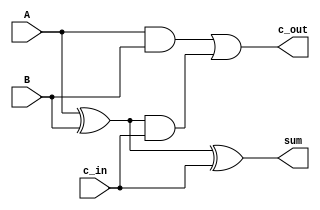
`timescale 1ns / 1ps
//////////////////////////////////////////////////////////////////////////////////
// Company: 
// Engineer: 
// 
// Design Name: 
// Module Name: F_Adder
// Project Name: 
// Target Devices: 
// Tool Versions: 
// Description: 
// 
// Dependencies: 
// 
// Revision:
// Revision 0.01 - File Created
// Additional Comments:
// 
//////////////////////////////////////////////////////////////////////////////////


//Malak Majeed Ullah khan  0344-8952407
module Full_Adder(c_out, sum, A, B, c_in);
//dimensions and sizes
input  A;
input  B;
input c_in;
output c_out;
output sum;

//wires
wire w1,w2,w3;

//logic development
xor xor1(w1, A, B);
xor xor2(sum, w1, c_in);
and and1(w2, A, B);
and and2(w3, w1, c_in);
or or1(c_out, w2, w3);
endmodule



//module F_AdderTB();
//reg a, b, c_in;
//wire sum, c_out;

//initial
//begin
//  #00  a = 2; b = 3; c_in = 0;
//  #10  a = 3; b =1; //c_in = 1;
//  #10  a = 4; b = 1; //c_in = 0;
//  #10  a = 5; b = 3; //c_in = 1;
// // #10  a = 1; b = 0; //c_in = 0;
// // #10  a = 1; b = 0; //c_in = 1;
// // #10  a = 1; b = 1; //c_in = 0;
// // #10  a = 1; b = 1; //c_in = 1;
//end

//initial
//$monitor ($time, "ns, inputs = %  outputs = %d" , {a, b, c_in}, {c_out, sum});


//Full_Adder FA0(sum, c_out, a, b, c_in);

//endmodule